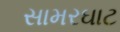
સામરઘાટ